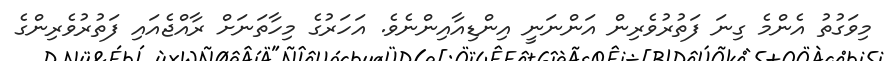
މިވަގުތު އެންމެ ގިނަ ފަތުރުވެރިން އަންނަނީ އިންޑިއާއިންނެވެ. އަހަރުގެ މިހާތަނަށް ރާއްޖެއައި ފަތުރުވެރިންގެ